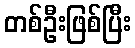
တစ်ဦးဖြစ်ပြီး